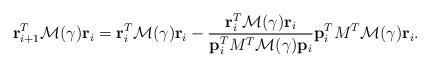
LaTeX: \begin{align*}{\bf r}_{i+1}^{T}\mathcal{M}(\gamma){\bf r}_{i}={\bf r}_{i}^{T}\mathcal{M}(\gamma){\bf r}_{i}-\frac{{\bf r}_{i}^{T}\mathcal{M}(\gamma){\bf r}_{i}}{{\bf p}_{i}^{T}M^{T}\mathcal{M}(\gamma){\bf p}_{i}}{\bf p}_{i}^{T}M^{T}\mathcal{M}(\gamma){\bf r}_{i}.\end{align*}